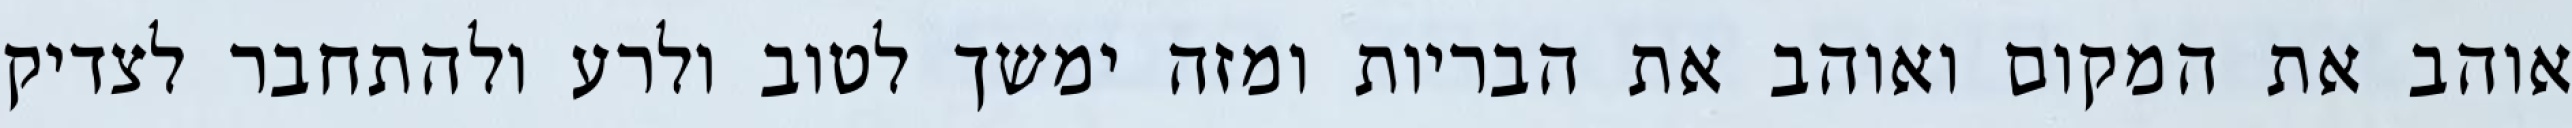
אוהב את המקום ואוהב את הבריות ומזה ימשך לטוב ולרע ולהתחבר לצדיק